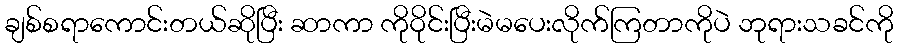
ချစ်စရာကောင်းတယ်ဆိုပြီး ဆာကာ ကိုဝိုင်းပြီးမဲမပေးလိုက်ကြတာကိုပဲ ဘုရားသခင်ကို